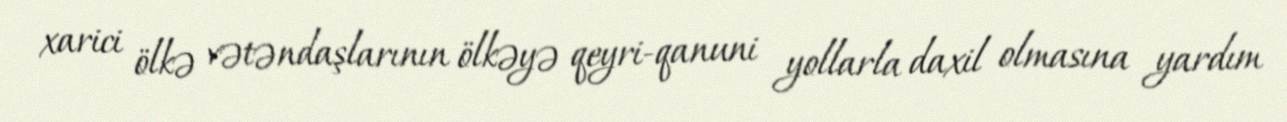
xarici ölkə vətəndaşlarının ölkəyə qeyri-qanuni yollarla daxil olmasına yardım